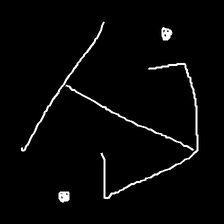
Glyph: earth